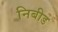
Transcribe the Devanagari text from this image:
निबीड